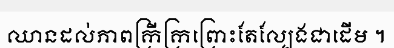
ឈានដល់ភាពក្រីក្រព្រោះតែល្បែងជាដើម ។